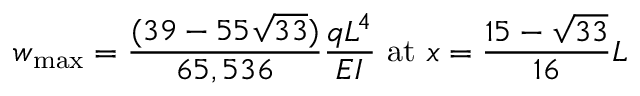
w _ { \mathrm { m a x } } = { \frac { ( 3 9 - 5 5 { \sqrt { 3 3 } } ) } { 6 5 , 5 3 6 } } { \frac { q L ^ { 4 } } { E I } } { \mathrm { ~ a t ~ } } x = { \frac { 1 5 - { \sqrt { 3 3 } } } { 1 6 } } L